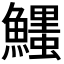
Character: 𩼞